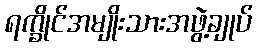
ရက္ခိုင်အမျိုးသားအဖွဲ့ချုပ်